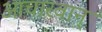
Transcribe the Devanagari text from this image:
आचारवान्